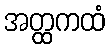
အတ္ထကထံ